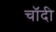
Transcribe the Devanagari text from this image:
चॉदी